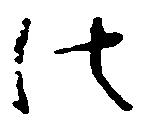
法